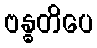
ဗန္ဓတိပေ